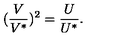
( \frac { V } { V ^ { * } } ) ^ { 2 } = \frac { U } { U ^ { * } } .